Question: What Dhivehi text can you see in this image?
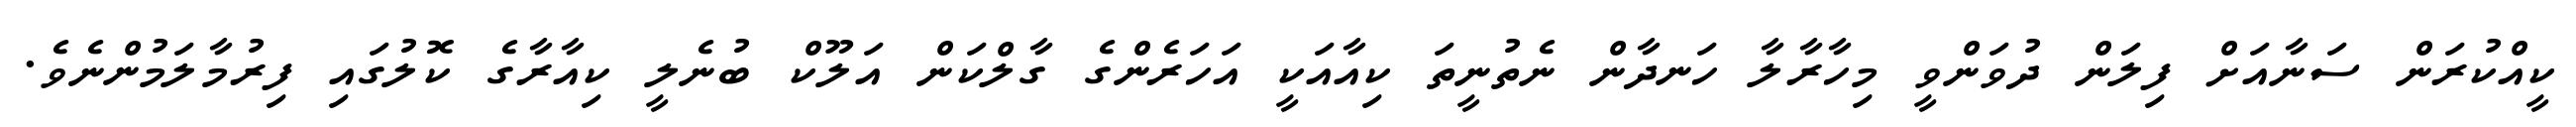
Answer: ކީއްކުރަން ސަނާއަށް ފިލަން ދުވަންވީ މިހާރާލާ ހަނދާން ނެތުނީތަ ކިއާއަކީ އަހަރެންގެ ގާލްކަން އަލޫކް ބުނެލީ ކިއާރާގެ ކޮލުގައި ފިރުމާލަމުންނެވެ.